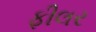
ફીલર